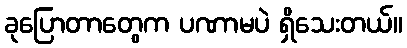
ခုပြောတာတွေက ပဏာမပဲ ရှိသေးတယ်။